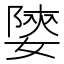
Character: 𡟨